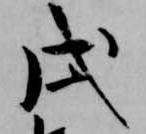
戌